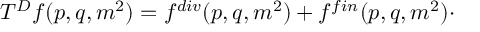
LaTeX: T ^ { D } f ( p , q , m ^ { 2 } ) = f ^ { d i v } ( p , q , m ^ { 2 } ) + f ^ { f i n } ( p , q , m ^ { 2 } ) \cdot